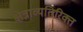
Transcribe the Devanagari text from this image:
क्षेत्राव्यतिरिक्त